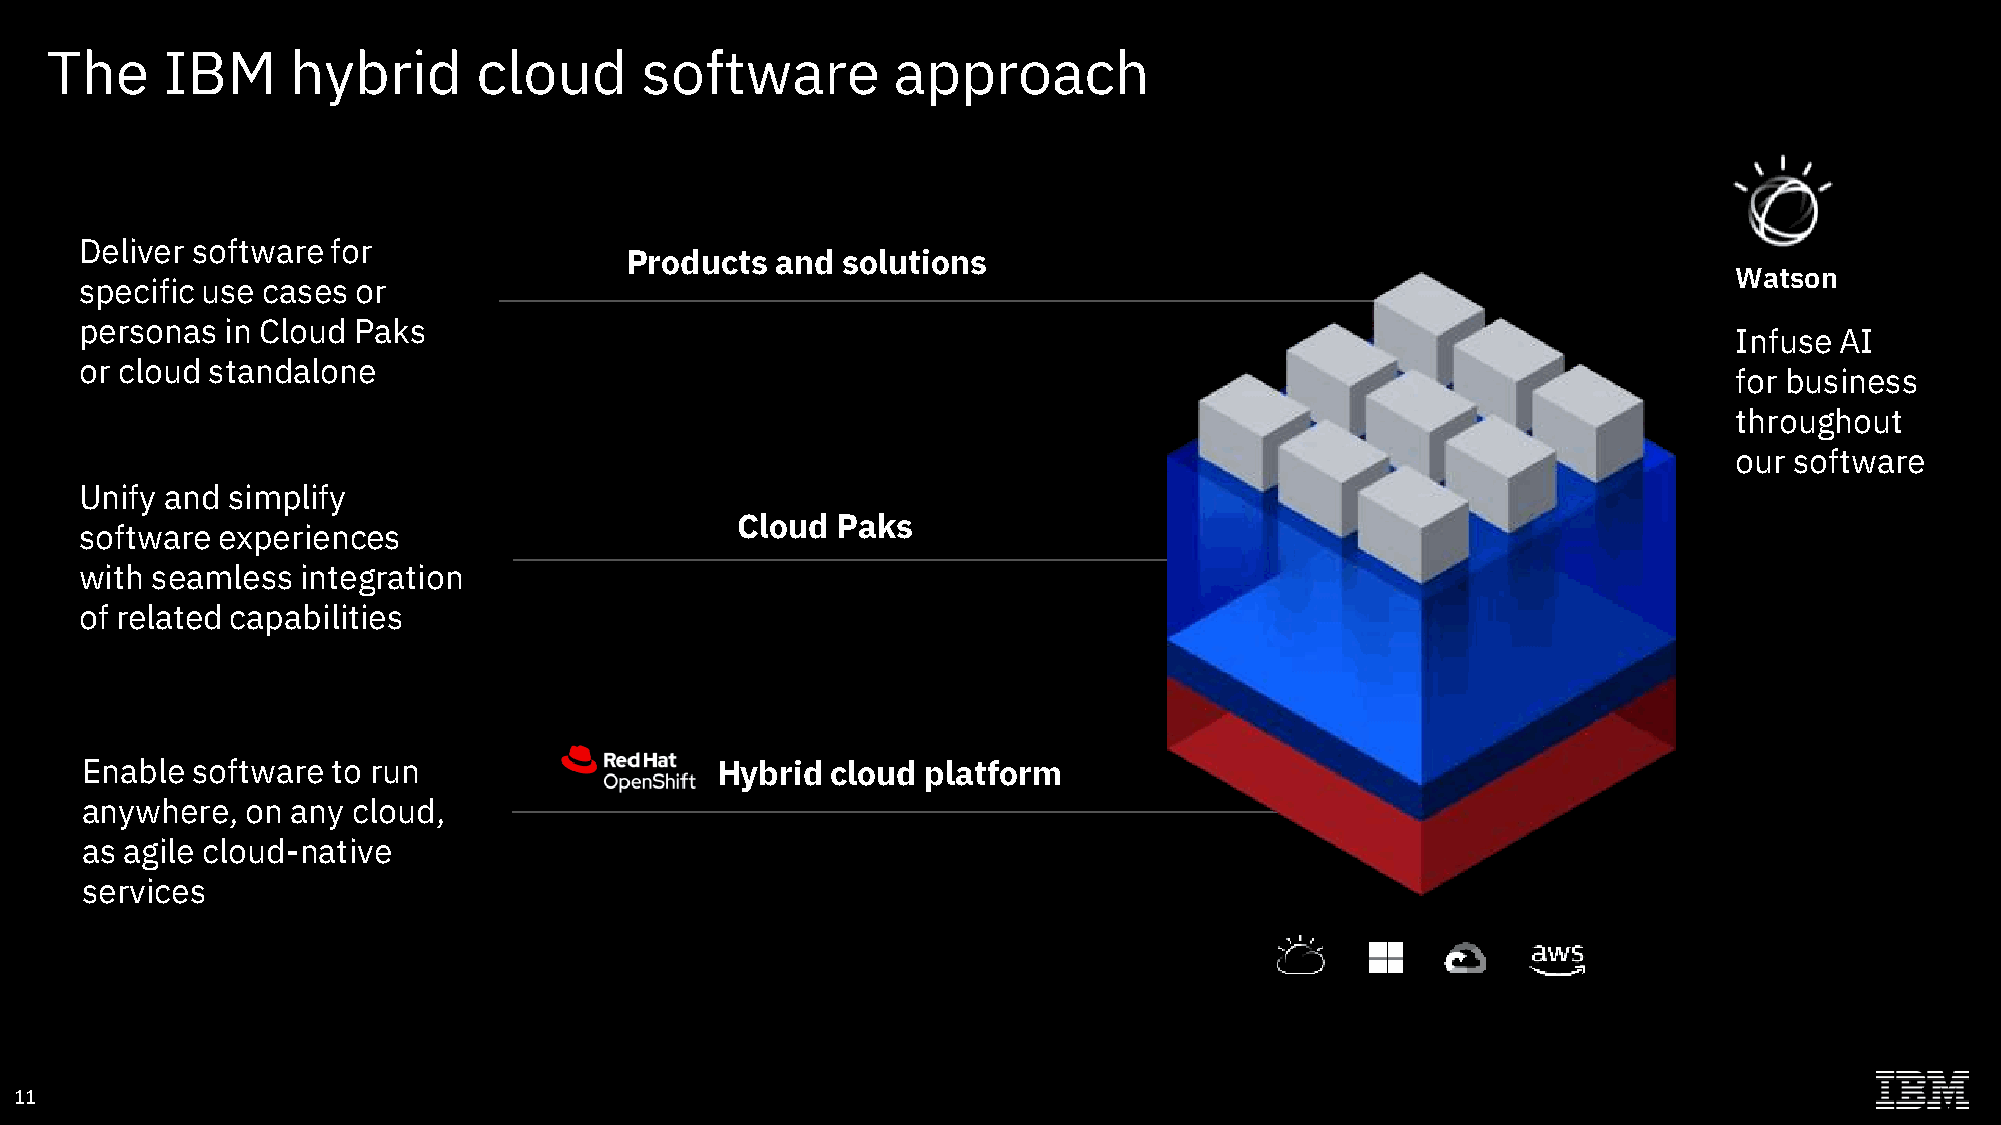
The     IBM     hybrid       cloud     software         approach
 Deliver software for
 Products  and  solutions
 Watson
 specific use cases or
 personas  in Cloud Paks
 Infuse AI
 or cloud standalone
 for business
 throughout
 our software
 Unify and simplify
 Cloud Paks
 software experiences
 with seamless  integration
 of related capabilities
 Enable  software to run                   Hybrid  cloud platform
 anywhere,  on any cloud,
 as agile cloud-native
 services
 11